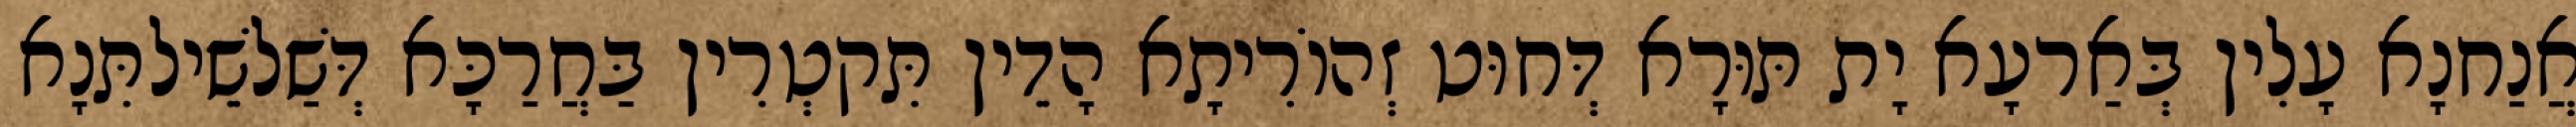
אֲנַחנָא עָלִין בְּאַרעָא יָת תּוּרָא דְּחוּט זְהוֹרִיתָא הָדֵין תִּקטְרִין בַּחֲרַכָּא דְּשַׁלשֵׁילתִּנָא